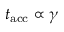
t _ { \mathrm { a c c } } \propto \gamma